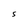
Character: S